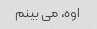
اوه، می بینم